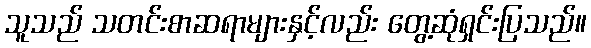
သူသည် သတင်းစာဆရာများနှင့်လည်း တွေ့ဆုံရှင်းပြသည်။